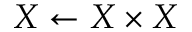
X \gets X \times X